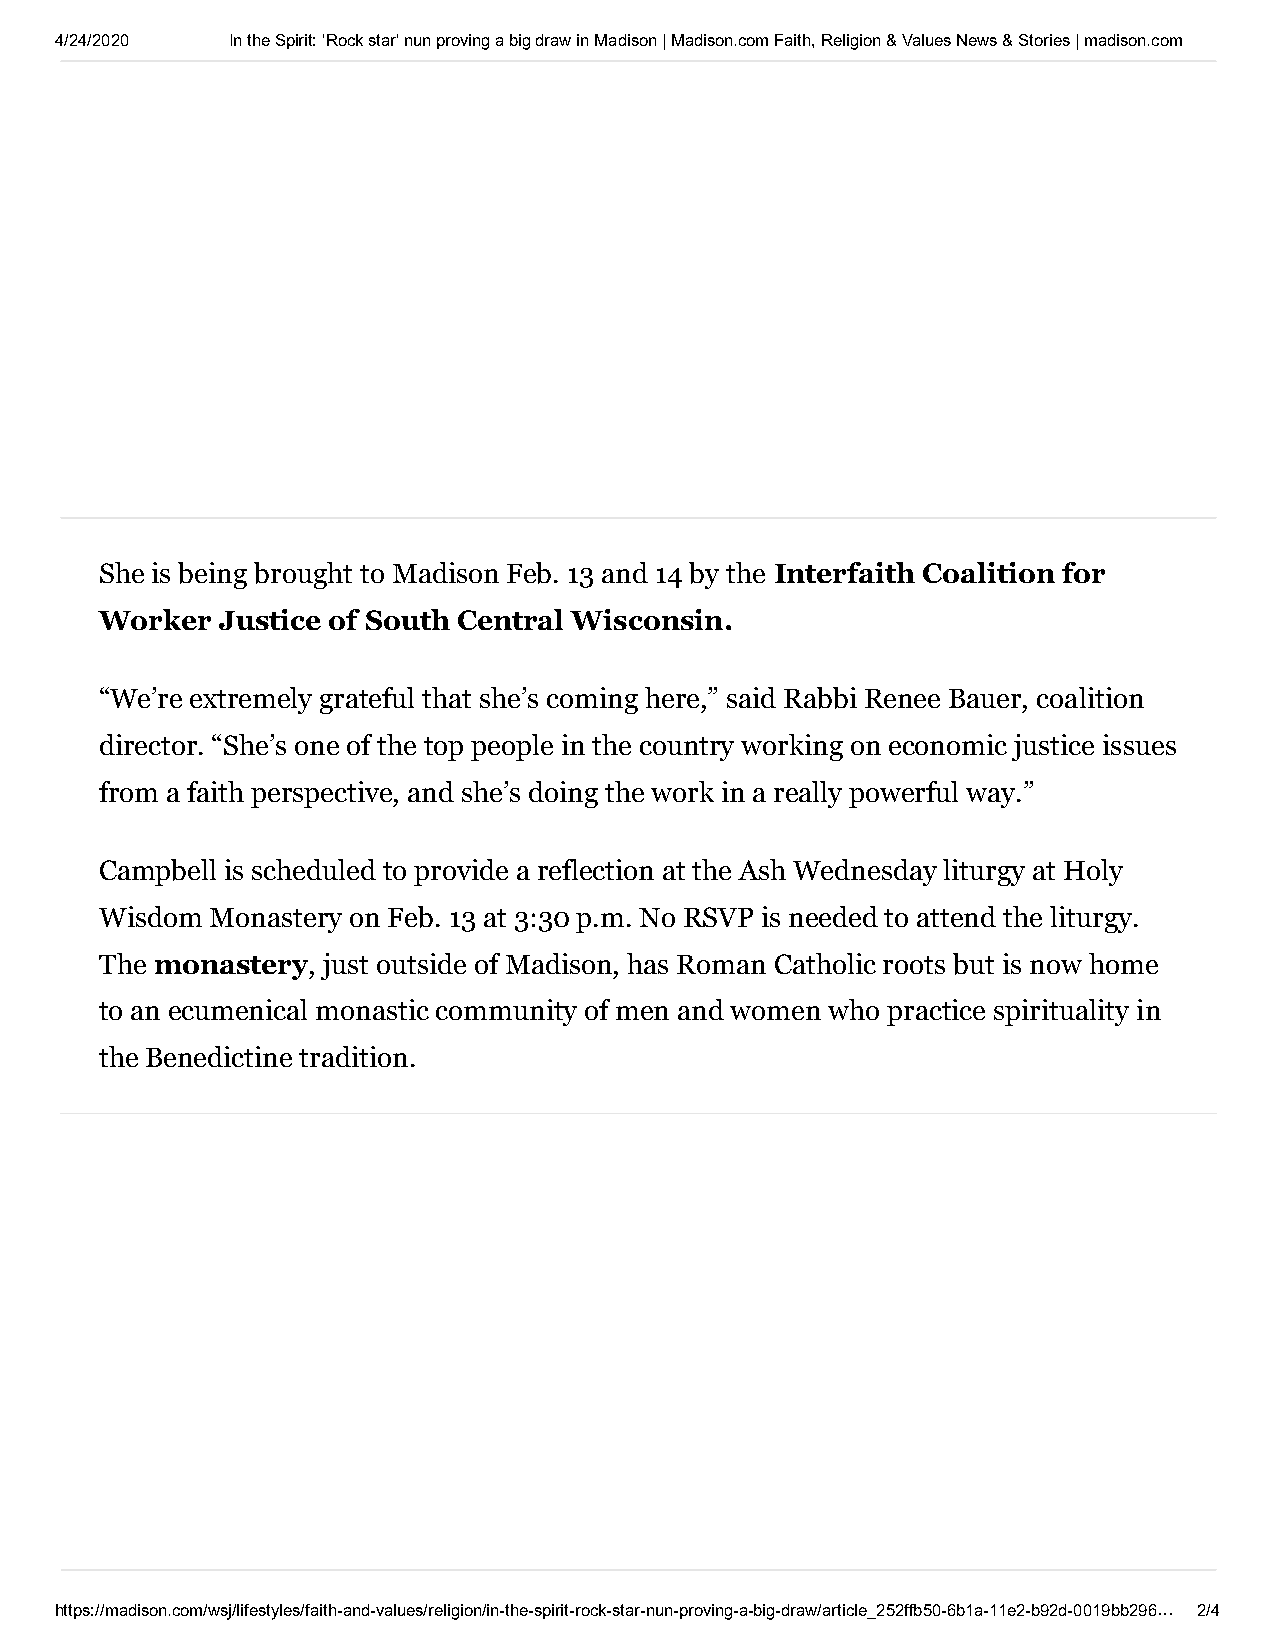
4/24/2020  In the Spirit: 'Rock star' nun proving a big draw in Madison | Madison.com Faith, Religion & Values News & Stories | madison.com
 She is being brought to Madison Feb. 13 and 14 by the Interfaith Coalition for
 Worker  Justice of South Central Wisconsin.
 “We’re extremely grateful that she’s coming here,” said Rabbi Renee Bauer, coalition
 director. “She’s one of the top people in the country working on economic justice issues
 from a faith perspective, and she’s doing the work in a really powerful way.”
 Campbell is scheduled to provide a reflection at the Ash Wednesday liturgy at Holy
 Wisdom Monastery on Feb. 13 at 3:30 p.m. No RSVP is needed to attend the liturgy.
 The monastery, just outside of Madison, has Roman Catholic roots but is now home
 to an ecumenical monastic community of men and women who practice spirituality in
 the Benedictine tradition.
 https://madison.com/wsj/lifestyles/faith-and-values/religion/in-the-spirit-rock-star-nun-proving-a-big-draw/article_252ffb50-6b1a-11e2-b92d-0019bb296… 2/4